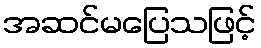
အဆင်မပြေသဖြင့်